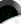
إذا